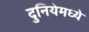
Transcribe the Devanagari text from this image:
दुनियेमध्ये